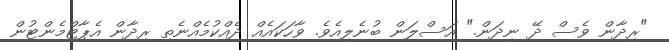
"ރިދާން ވެސް ދޭ ނިދަން." އަސްލަން ބުނެލިއެވެ. ވާހަކައެއް ދެއްކުމެއްނެތި ރިދާން އެޕާޓްމެންޓުން